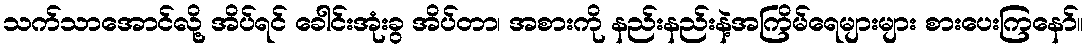
သက်သာအောင်လို့ အိပ်ရင် ခေါင်းအုံးခွ အိပ်တာ၊ အစားကို နည်းနည်းနဲ့အကြိမ်ရေများများ စားပေးကြနော်။